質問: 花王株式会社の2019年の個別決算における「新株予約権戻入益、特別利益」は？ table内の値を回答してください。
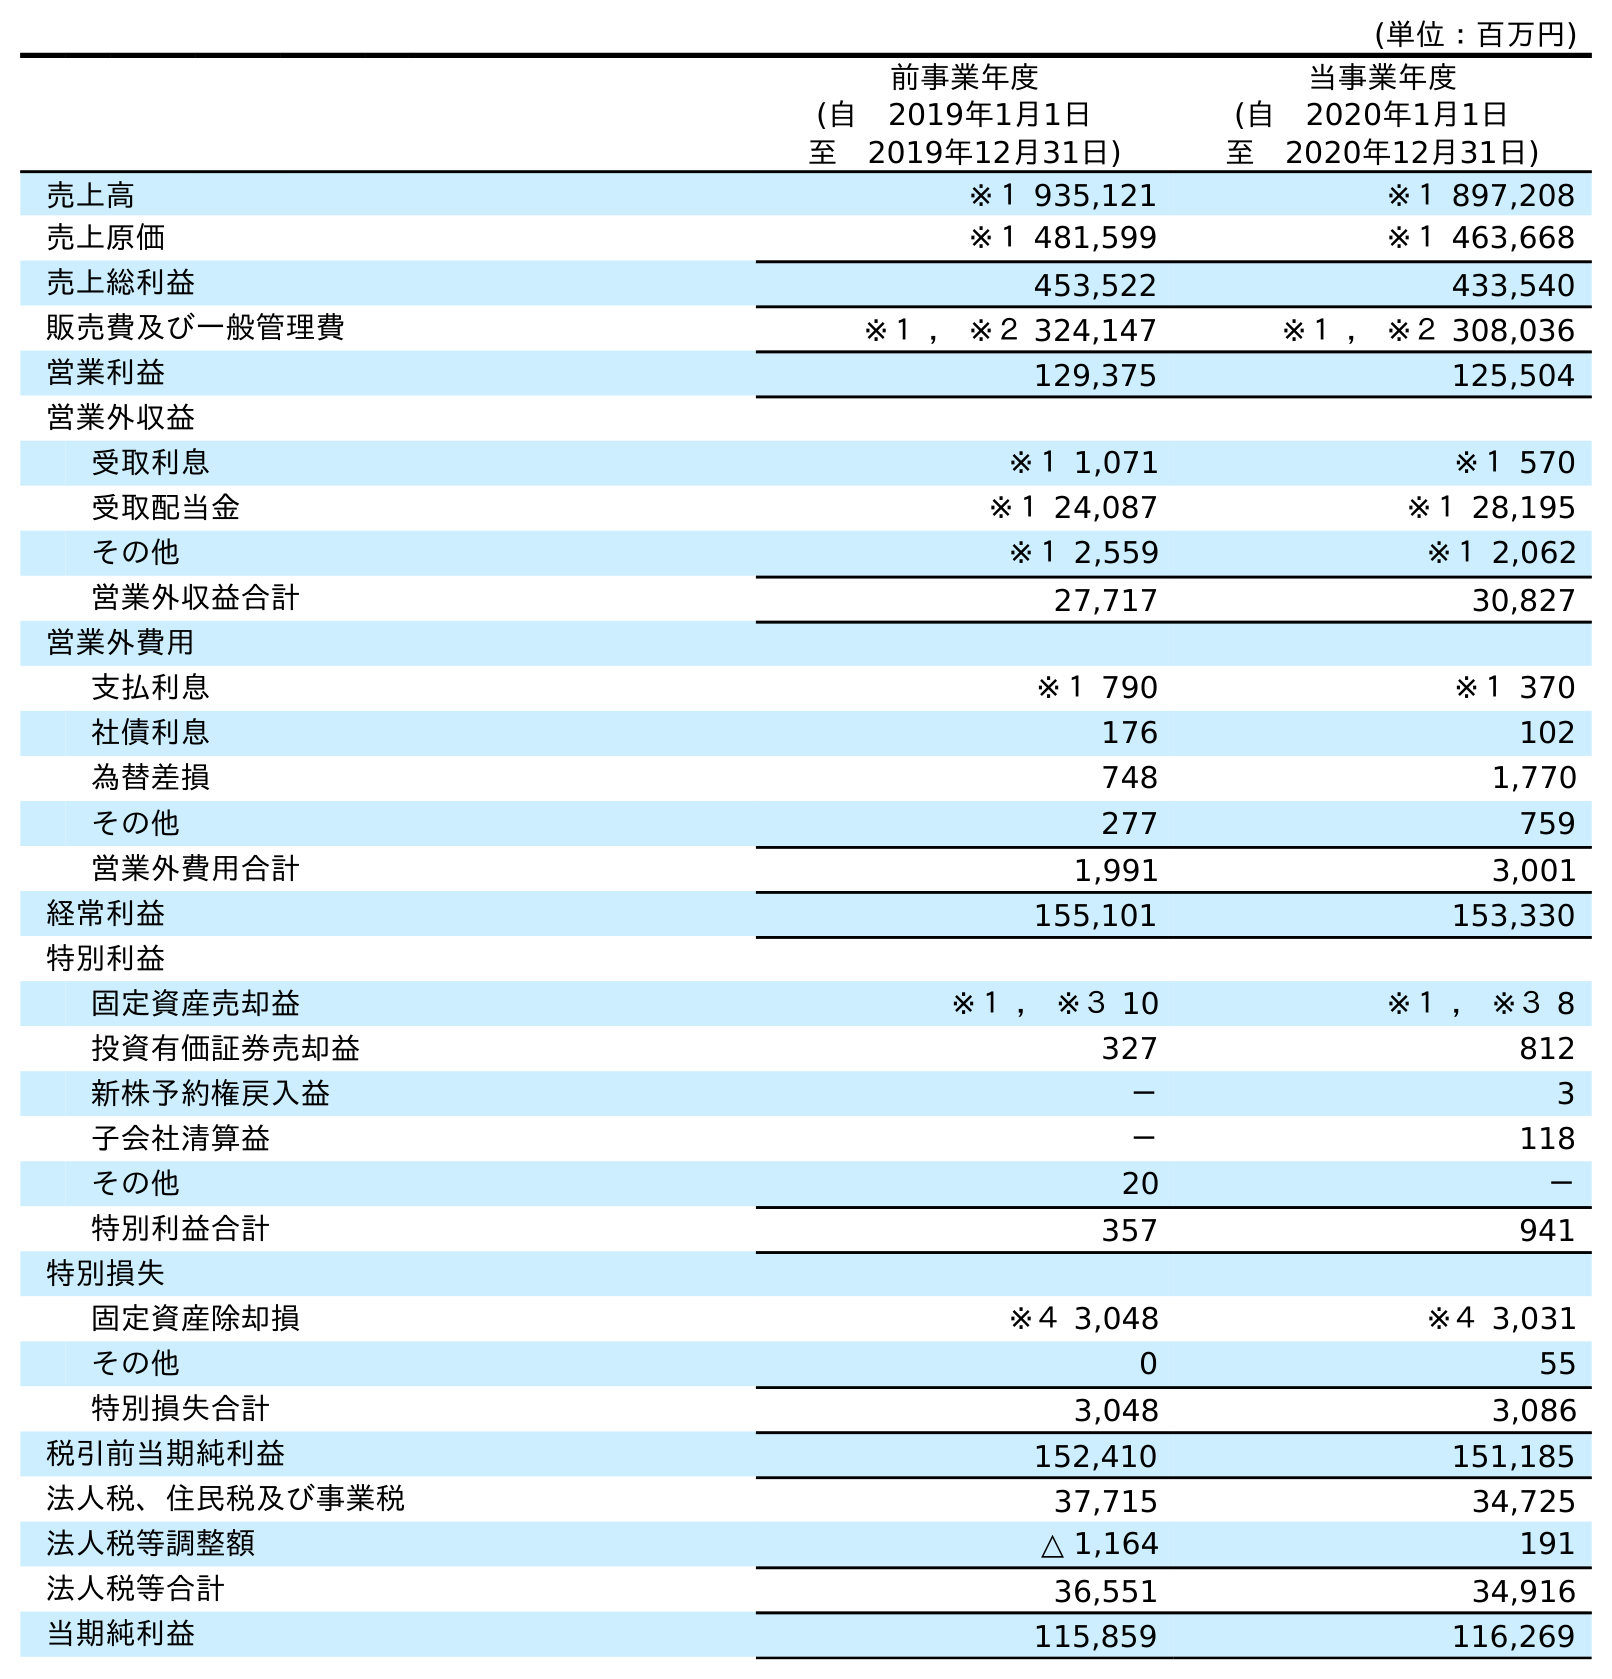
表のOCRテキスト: (単位：百万円) 前事業年度 (自 2019年1月1日 至 2019年12月31日) 当事業年度 (自 2020年1月1日 至 2020年12月31日) 売上高 ※１ 935,121 ※１ 897,208 売上原価 ※１ 481,599 ※１ 463,668 売上総利益 453,522 433,540 販売費及び一般管理費 ※１ ， ※２ 324,147 ※１ ， ※２ 308,036 営業利益 129,375 125,504 営業外収益 受取利息 ※１ 1,071 ※１ 570 受取配当金 ※１ 24,087 ※１ 28,195 その他 ※１ 2,559 ※１ 2,062 営業外収益合計 27,717 30,827 営業外費用 支払利息 ※１ 790 ※１ 370 社債利息 176 102 為替差損 748 1,770 その他 277 759 営業外費用合計 1,991 3,001 経常利益 155,101 153,330 特別利益 固定資産売却益 ※１ ， ※３ 10 ※１ ， ※３ 8 投資有価証券売却益 327 812 新株予約権戻入益 － 3 子会社清算益 － 118 その他 20 － 特別利益合計 357 941 特別損失 固定資産除却損 ※４ 3,048 ※４ 3,031 その他 0 55 特別損失合計 3,048 3,086 税引前当期純利益 152,410 151,185 法人税、住民税及び事業税 37,715 34,725 法人税等調整額 △ 1,164 191 法人税等合計 36,551 34,916 当期純利益 115,859 116,269
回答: －